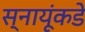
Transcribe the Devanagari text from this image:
स्नायूंकडे